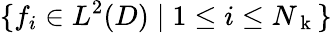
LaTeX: \{ f_{i}\in L^{2}(D)\mid 1\leq i\leq N_{\mathrm{~k~}}\}